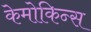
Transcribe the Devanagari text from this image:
केमोकिन्स